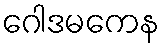
ဂေါဒမကေန